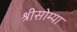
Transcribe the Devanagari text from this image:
श्रीसोम्या